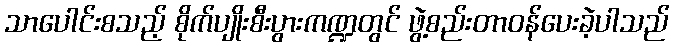
သာပေါင်းစသည့် စိုက်ပျိုးစီးပွားကဏ္ဍတွင် ဖွဲ့စည်းတာဝန်ပေးခဲ့ပါသည်